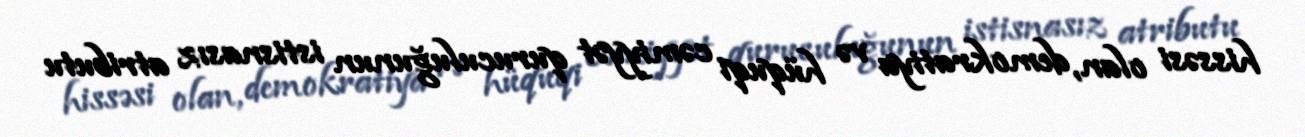
hissəsi olan, demokratiya və hüquqi cəmiyyət quruculuğunun istisnasız atributu